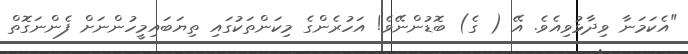
"އެކަމަނާ ވިދާޅުވިއެވެ. އޭ ( ގެ) ބޮޑުންނޭވެ! އަހުރެންގެ މިކަންތަކުގައި ތިޔަބައިމީހުންނަށް ފެންނަގޮތް